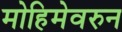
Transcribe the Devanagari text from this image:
मोहिमेवरुन